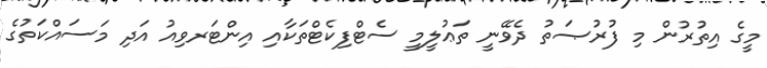
މީގެ އިތުރުން މި ފުރުޞަތު ދެވޭނީ ތަޢުލީމީ ސެޓްފިކެޓްތަކާއި އިންޓަރވިއު އަދި މަސައްކަތުގެ